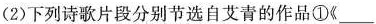
(2)下列诗歌片段分别节选自艾青的作品①《___